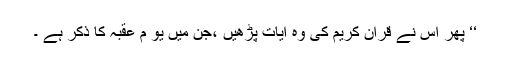
‘‘ پھر اس نے قرآن کریم کی وہ آیات پڑھیں ،جن میں یو م عقبہ کا ذکر ہے ۔